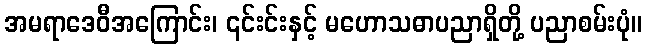
အမရာဒေဝီအကြောင်း၊ ၎င်းင်းနှင့် မဟောသဓာပညာရှိတို့ ပညာစမ်းပုံ။